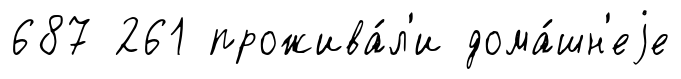
687 261 прожива́л'и дома́шн'еjе